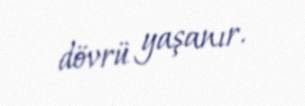
dövrü yaşanır.